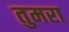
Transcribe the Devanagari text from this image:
तुमरा